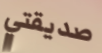
صديقتي